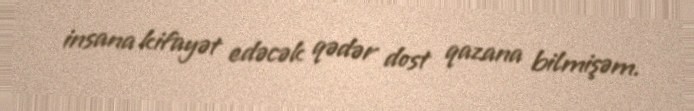
insana kifayət edəcək qədər dost qazana bilmişəm.